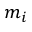
m _ { i }